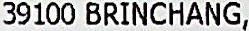
39100 BRINCHANG,